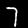
Label: 7